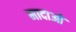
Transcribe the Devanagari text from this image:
मादाओ